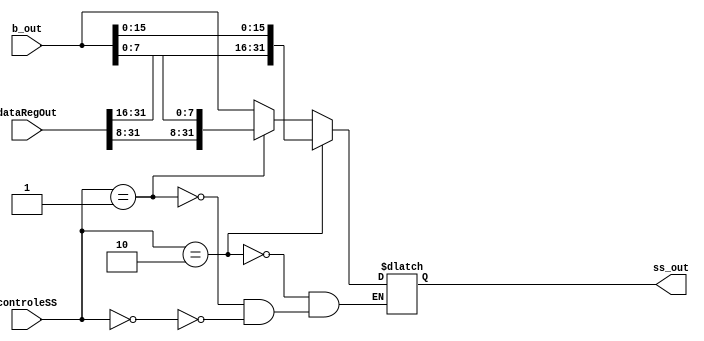
module ss_component(
    input wire [1:0] controleSS,
    input wire [31:0] dataRegOut,
    input wire [31:0] b_out,
    output reg [31:0] ss_out
);


    parameter primeiro_caso = 2'b00;
    parameter segundo_caso = 2'b01;
    parameter terceiro_caso = 2'b10;

    always @(*)
        begin
            if(controleSS == primeiro_caso) begin
                ss_out = b_out;
            end
            if(controleSS == segundo_caso) begin
                ss_out = {dataRegOut[31:8], b_out[7:0]};
            end
            if(controleSS == terceiro_caso) begin
                ss_out = {dataRegOut[31:16], b_out[15:0]};
            end
        end

endmodule